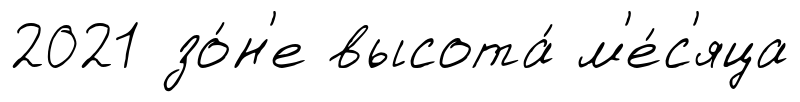
2021 зо́н'е высота́ м'е́с'яца